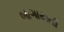
બાગાયતી